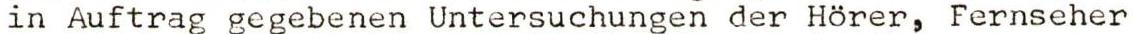
in Auftrag gegebenen Untersuchungen der Hörer, Fernseher